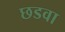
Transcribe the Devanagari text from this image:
छडवा